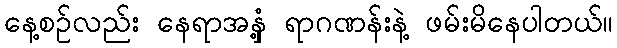
နေ့စဉ်လည်း နေရာအနှံ့ ရာဂဏန်းနဲ့ ဖမ်းမိနေပါတယ်။